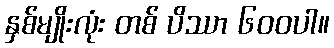
နှစ်မျိုးလုံး တစ် ပိဿာ ၆၀၀ပါ။